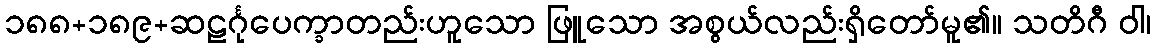
၁၈၈+၁၈၉+ဆဠင်္ဂုပေက္ခာတည်းဟူသော ဖြူသော အစွယ်လည်းရှိတော်မူ၏။ သတိဂီ ဝါ၊